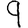
Digit: 9